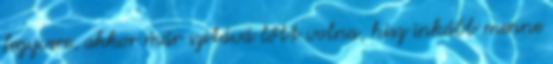
fegyvere, akkor már szitává lőtt volna, hisz inkább menne